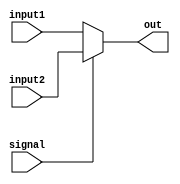
// 2-to-1 Multiplexer to be used by the ALU
`timescale 1ns/10ps

module mux_2_to_1 (input wire [31:0] input1, input wire [31:0] input2, input wire signal, output reg [31:0] out);
 
always@(*)begin
		if (signal) begin
			out[31:0] <= input2[31:0];
		end
		else begin
			out[31:0] <= input1[31:0];
		end
	end
 
endmodule